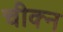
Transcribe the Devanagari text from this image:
चीक्न